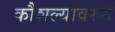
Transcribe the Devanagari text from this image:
कौशल्यावरुन